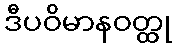
ဒီပဝိမာနဝတ္ထု